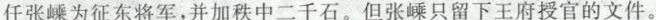
任张嵊为征东将军，并加秩中二千石。但张嵊只留下王府授官的文件。